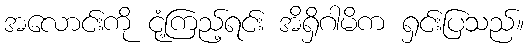
အလောင်းကို ငုံ့ကြည့်ရင်း အိရှိဂါမိက ရှင်းပြသည်။